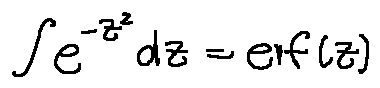
\int e ^ { - z ^ { 2 } } d z = e r f ( z )